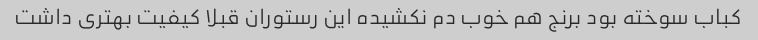
کباب سوخته بود برنج هم خوب دم نکشیده این رستوران قبلا کیفیت بهتری داشت